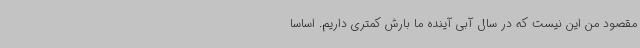
مقصود من این نیست که در سال آبی آینده ما بارش کمتری داریم. اساسا